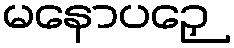
မနောပဉှေ